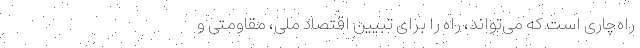
راه‌چاری است که می‌تواند، راه را برای تبیین اقتصاد ملی، مقاومتی و